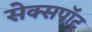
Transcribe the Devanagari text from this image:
सेक्सपॉट